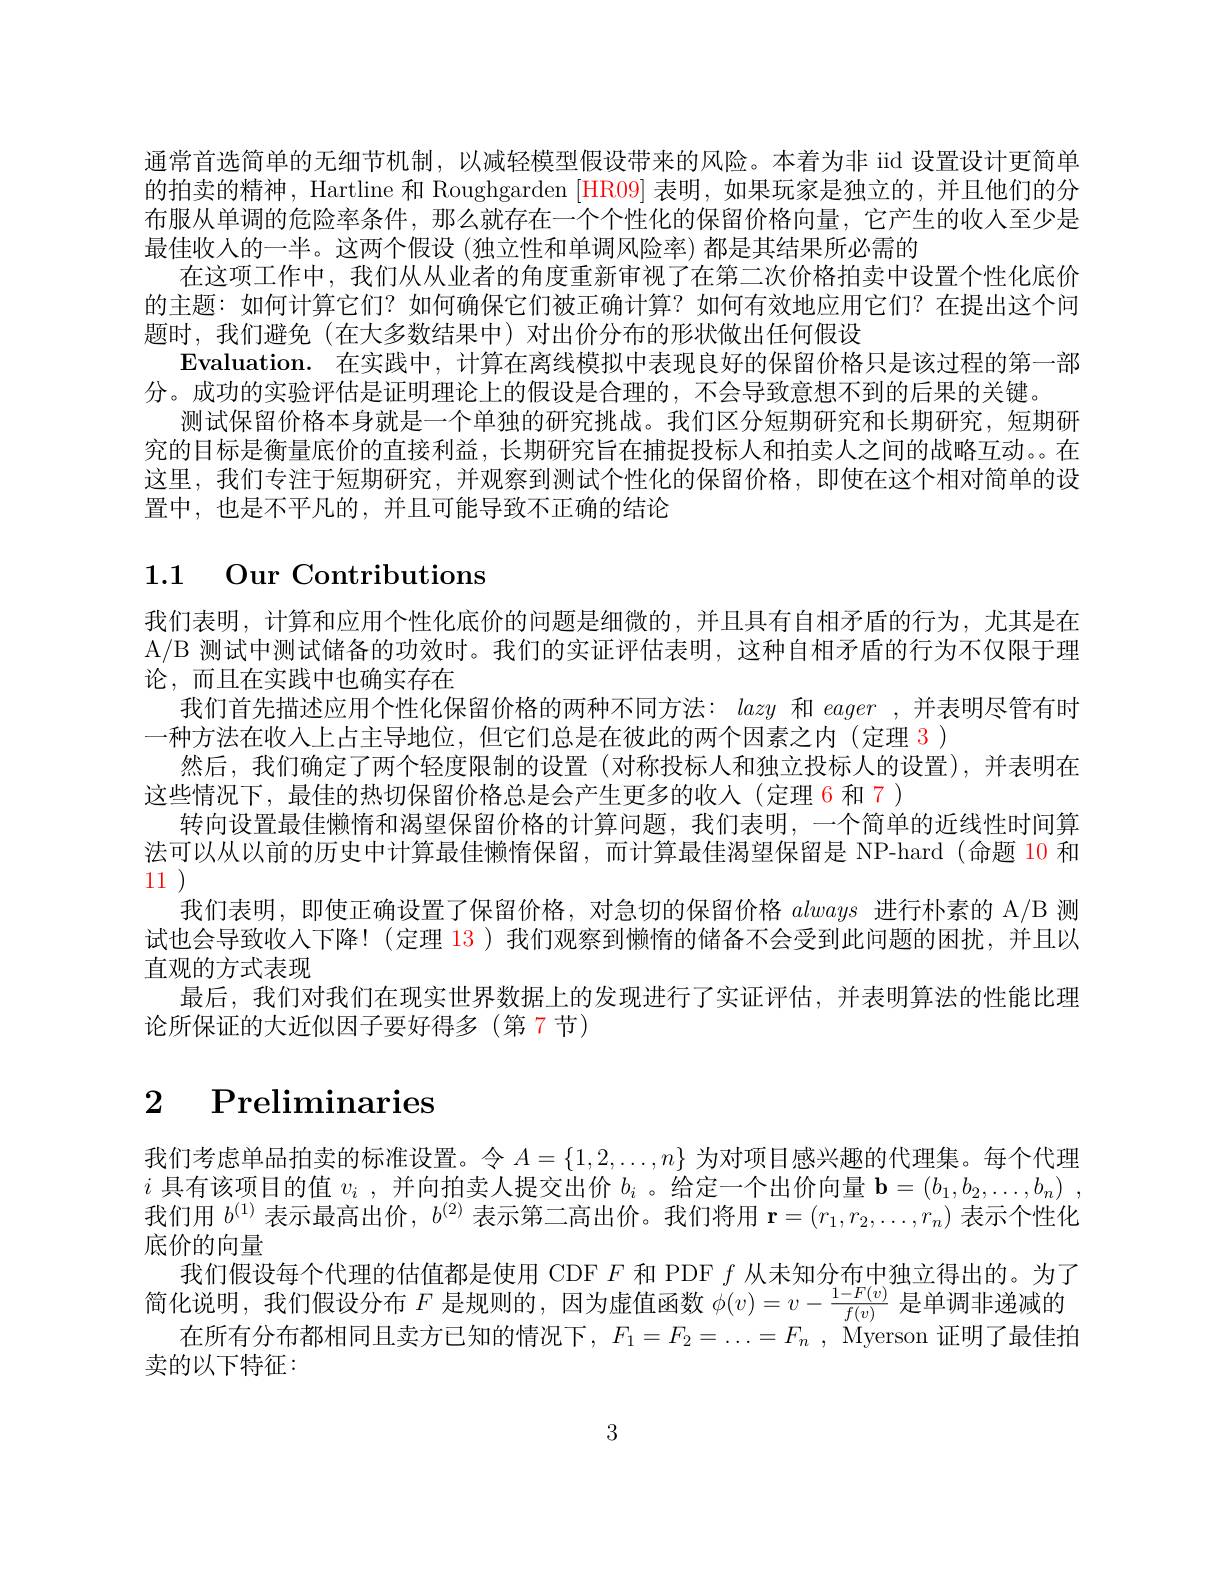
通常首选简单的无细节机制，以减轻模型假设带来的风险。本着为非 iid 设置设计更简单的拍卖的精神，Hartline 和 Roughgarden [HR09] 表明，如果玩家是独立的，并且他们的分布服从单调的危险率条件，那么就存在一个个性化的保留价格向量，它产生的收入至少是最佳收入的一半。这两个假设 (独立性和单调风险率) 都是其结果所必需的
在这项工作中，我们从从业者的角度重新审视了在第二次价格拍卖中设置个性化底价的主题：如何计算它们？如何确保它们被正确计算？如何有效地应用它们？在提出这个问题时，我们避免(在大多数结果中)对出价分布的形状做出任何假设
Evaluation. 在实践中，计算在离线模拟中表现良好的保留价格只是该过程的第一部
分。成功的实验评估是证明理论上的假设是合理的，不会导致意想不到的后果的关键。
测试保留价格本身就是一个单独的研究挑战。我们区分短期研究和长期研究，短期研究的目标是衡量底价的直接利益，长期研究旨在捕捉投标人和拍卖人之间的战略互动。在这里，我们专注于短期研究，并观察到测试个性化的保留价格，即使在这个相对简单的设置中，也是不平凡的，并且可能导致不正确的结论

# 1.1 Our Contributions

我们表明，计算和应用个性化底价的问题是细微的，并且具有自相矛盾的行为，尤其是在A/B 测试中测试储备的功效时。我们的实证评估表明，这种自相矛盾的行为不仅限于理论，而且在实践中也确实存在
我们首先描述应用个性化保留价格的两种不同方法：lazy和eager ,并表明尽管有时
一种方法在收入上占主导地位，但它们总是在彼此的两个因素之内(定理 3)
然后，我们确定了两个轻度限制的设置(对称投标人和独立投标人的设置),并表明在
这些情况下，最佳的热切保留价格总是会产生更多的收入(定理 6 和 7)
转向设置最佳懒惰和渴望保留价格的计算问题，我们表明，一个简单的近线性时间算法可以从以前的历史中计算最佳懒惰保留，而计算最佳渴望保留是 NP-hard(命题 10 和111
我们表明，即使正确设置了保留价格，对急切的保留价格always进行朴素的 A/B 测试也会导致收入下降！(定理 13)我们观察到懒惰的储备不会受到此问题的困扰，并且以直观的方式表现
最后，我们对我们在现实世界数据上的发现进行了实让评估，并表明算法的性能比理
论所保证的大近似因子要好得多(第7节)

# 2 Preliminaries

我们考虑单品拍卖的标准设置。令$A=\{1,2,\ldots,n\}$为对项目感兴趣的代理集。每个代理$i$具有该项目的值$v_i$ ,并向拍卖人提交出价$b_i$ 。给定一个出价向量$\mathbf{b}=(b_1,b_2,\ldots,b_n)$ , 我们用$b^(1)$表示最高出价，$b^(2)$表示第二高出价。我们将用$\mathbf{r}=(r_1,r_2,\ldots,r_n)$表示个性化底价的向量
$\begin{array}{c}\text{我们假设每个代理的估值都是使用 CDF }F\text{ 和 PDF }f\text{ 从未知分布中独立得出的。为了}\\\text{简化说明，我们假设分布 }F\text{ 是规则的，因为虚值函数 }\phi(v)=v-\frac{1-F(v)}{f(v)}\text{ 是单调非递减的}\end{array}$
在所有分布都相同且卖方已知的情况下，$F_1=F_2=\ldots=F_n$, Myerson 证明了最佳拍
卖的以下特征：

3